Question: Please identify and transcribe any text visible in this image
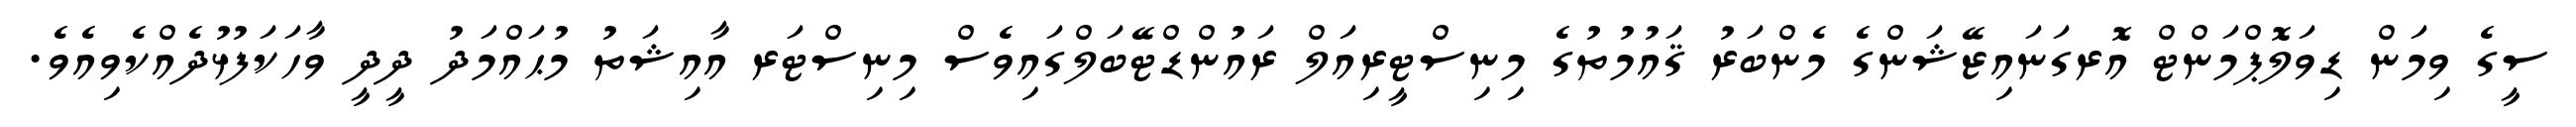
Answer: ސީގެ ވިމަން ޑިވަލޮޕްމަންޓް އޮރގަނައިޒޭޝަންގެ މެންބަރު ޤައުމުތުގެ މިނިސްޓީރިއަލް ރައުންޑްޓޭބަލްގައިވެސް މިނިސްޓަރ އާއިޝަތު މުޙައްމަދު ދީދީ ވާހަކަފުޅުދެއްކެވިއެވެ.